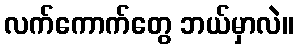
လက်ကောက်တွေ ဘယ်မှာလဲ။